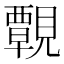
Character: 䚓